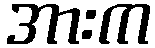
အားက